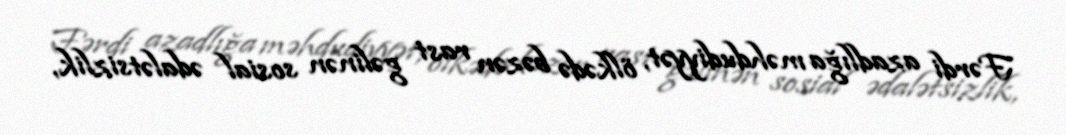
Fərdi azadlığa məhdudiyyət, ölkədə bəzən rast gəlinən sosial ədalətsizlik,